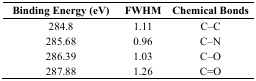
<table><thead><tr><td><b>Binding Energy (eV)</b></td><td><b>FWHM</b></td><td><b>Chemical Bonds</b></td></tr></thead><tbody><tr><td>284.8</td><td>1.11</td><td>C–C</td></tr><tr><td>285.68</td><td>0.96</td><td>C–N</td></tr><tr><td>286.39</td><td>1.03</td><td>C–O</td></tr><tr><td>287.88</td><td>1.26</td><td>C=O</td></tr></tbody></table>